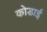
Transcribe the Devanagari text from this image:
कोडाई